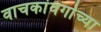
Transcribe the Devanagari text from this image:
वाचकांवर्गाच्या